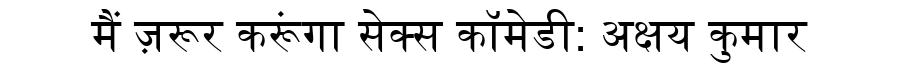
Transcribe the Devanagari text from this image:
मैं ज़रूर करूंगा सेक्स कॉमेडी: अक्षय कुमार